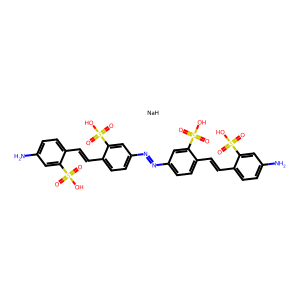
SMILES: Nc1ccc(C=Cc2ccc(N=Nc3ccc(C=Cc4ccc(N)cc4S(=O)(=O)O)c(S(=O)(=O)O)c3)cc2S(=O)(=O)O)c(S(=O)(=O)O)c1.[NaH]
Inhibits HIV replication: No